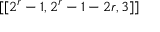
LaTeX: [ [ 2 ^ { r } - 1 , 2 ^ { r } - 1 - 2 r , 3 ] ]